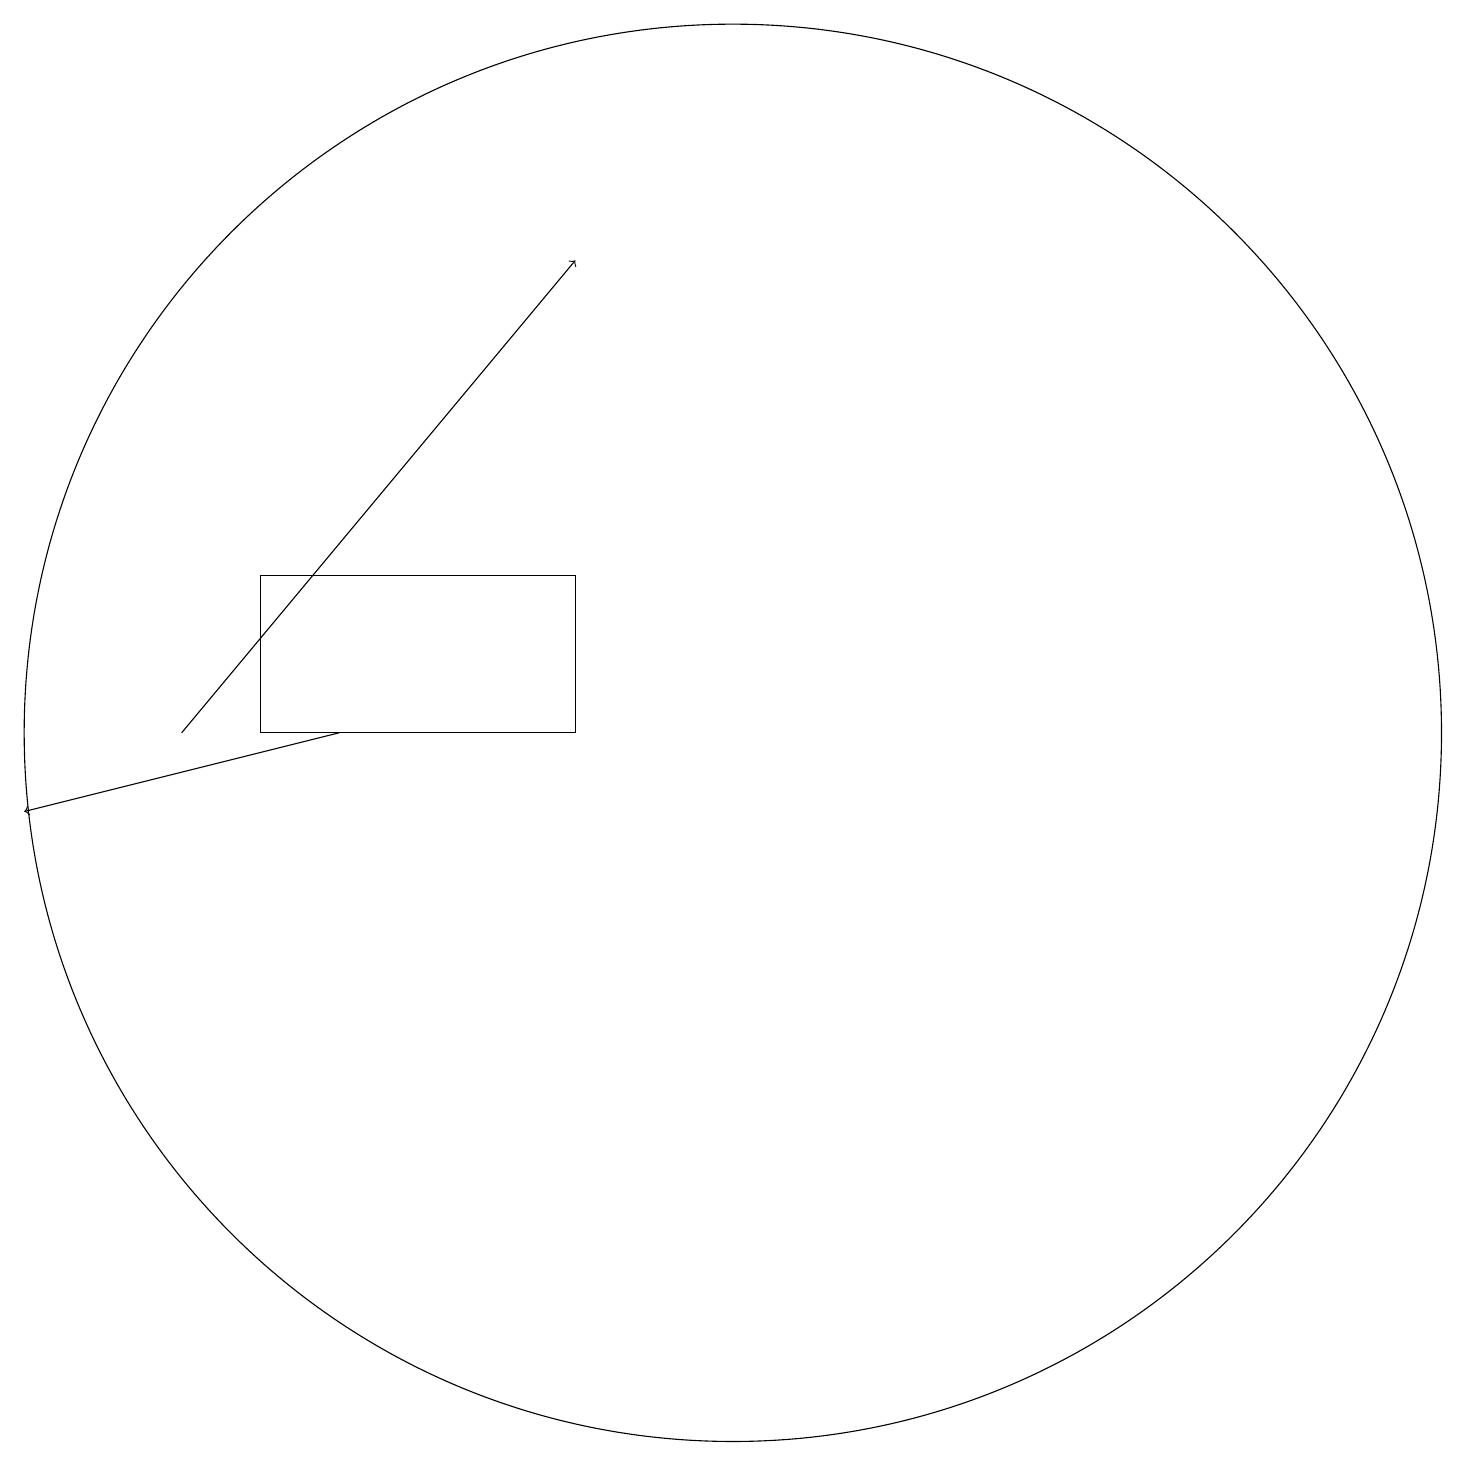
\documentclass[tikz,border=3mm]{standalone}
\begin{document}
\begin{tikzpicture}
\draw (5,14) rectangle (9,12);
\draw[->] (4,12) -- (9,18);
\draw[->] (6,12) -- (2,11);
\draw (11,12) circle (9);
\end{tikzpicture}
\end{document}